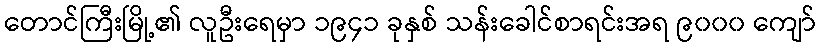
တောင်ကြီးမြို့၏ လူဦးရေမှာ ၁၉၄၁ ခုနှစ် သန်းခေါင်စာရင်းအရ ၉၀၀၀ ကျော်